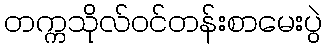
တက္ကသိုလ်ဝင်တန်းစာမေးပွဲ